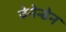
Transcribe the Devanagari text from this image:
बेनेन्डेन